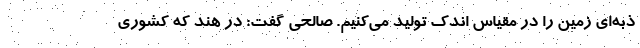
ذبه‌ای زمین را در مقیاس اندک تولید می‌کنیم. صالحی گفت: در هند که کشوری